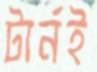
টার্নই